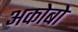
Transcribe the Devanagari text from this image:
अकोबो